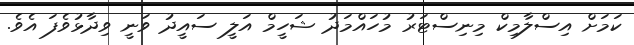
ކަމަށް އިސްލާމިކް މިނިސްޓަރު މުހައްމަދު ޝަހީމް އަލީ ސައީދު ވަނީ ވިދާޅުވެފަ އެވެ.